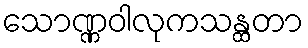
သောဏ္ဏဝါလုကသန္ထတာ